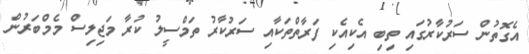
އެގޮތުން ސަރުކާރުގައި ތިބި އެކިއެކި ފަރާތްތަކާއި ސަރުކާރު ތަމްސީލު ކުރާ މަޖިލިސް މެމްބަރުން